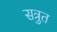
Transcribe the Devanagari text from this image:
सत्रुत